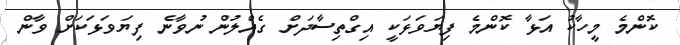
ކޮންމެ މީހާކު އަޅާ ކޮންމެ ފިޔަވަޅަކީ އިގްތިސާދަށް ގެއްލުން ނުވާނެ ފިޔަވަޅަކަށް ވާން